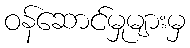
ဝန်ဆောင်မှုများမှ